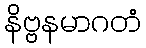
နိဗ္ဗနမာဂတံ